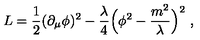
L = { \frac { 1 } { 2 } } ( \partial _ { \mu } \phi ) ^ { 2 } - { \frac { \lambda } { 4 } } \Bigl ( \phi ^ { 2 } - { \frac { m ^ { 2 } } { \lambda } } \Bigr ) ^ { 2 } \ ,